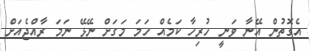
އެގޮތުން އޭނާ ވަނީ ހުރިހާ ކަމެއް ހަމަ މަގަށް ނޭޅޭ ނަމަ ރާއްޖެއަށް